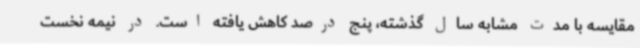
مقایسه با مدت مشابه سال گذشته، پنج درصد کاهش یافته است. در نیمه نخست